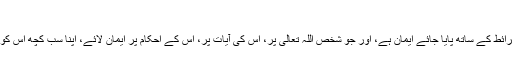
تفسیر سورۃ الاخلاص: ۵۲۴؍۵۲۵؍)
’’پس وہ یقین جو خشیت، توکل اور اعتقاد کے تمام لوازم وشرائط کے ساتھ پایا جائے ایمان ہے، اور جو شخص اللہ تعالی پر، اس کی آیات پر، اس کے احکام پر ایمان لائے، اپنا سب کچھ اس کو سونپ دے، اس کے فیصلوں پر راضی ہوجائے مومن ہے۔